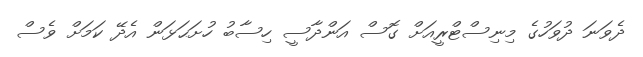
ދެވަނަ ދުވަހުގެ މިނިސްޓްރީއަށް ގޮސް އަންދާސީ ހިސާބު ހުށަޙަޅަން އެދޭ ކަމަށް ވެސް